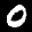
Label: 0